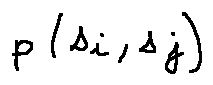
p ( s _ { i } , s _ { j } )